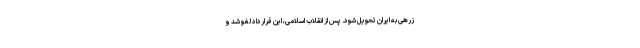
زرهی به ایران تحویل شود. پس از انقلاب اسلامی، این قرارداد لغو شد و